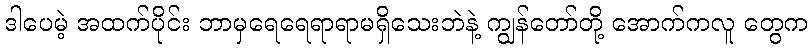
ဒါပေမဲ့ အထက်ပိုင်း ဘာမှရေရေရာရာမရှိသေးဘဲနဲ့ ကျွန်တော်တို့ အောက်ကလူ တွေက